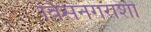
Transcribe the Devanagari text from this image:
विसनगरांशीं